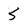
Character: 5